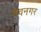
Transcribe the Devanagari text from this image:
मेवनगर